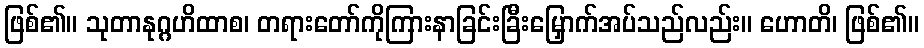
ဖြစ်၏။ သုတာနုဂ္ဂဟိထာစ၊ တရားတော်ကိုကြားနာခြင်းခြီးမြှောက်အပ်သည်လည်း။ ဟောတိ၊ ဖြစ်၏။